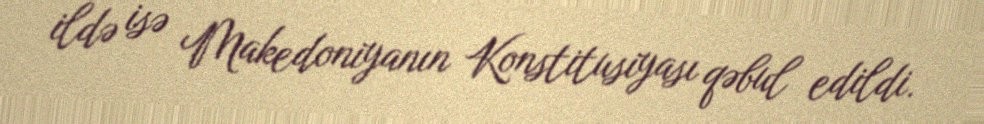
ildə isə Makedoniyanın Konstitusiyası qəbul edildi.